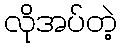
လိုအပ်တဲ့